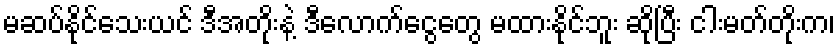
မဆပ်နိုင်သေးယင် ဒီအတိုးနဲ့ ဒီလောက်ငွေတွေ မထားနိုင်ဘူး ဆိုပြီး ငါးမတ်တိုးက၊